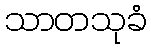
သာတသုခံ